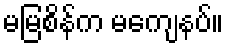
မမြစိန်က မကျေနပ်။